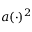
a ( \cdot ) ^ { 2 }